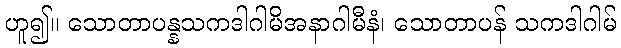
ဟူ၍။ သောတာပန္နသကဒါဂါမိအနာဂါမီနံ၊ သောတာပန် သကဒါဂါမ်